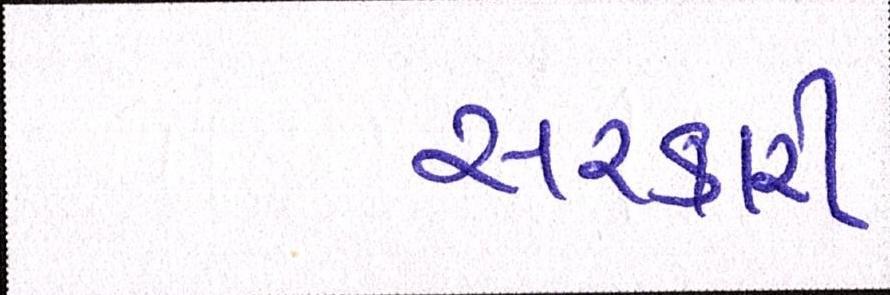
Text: સરકારી